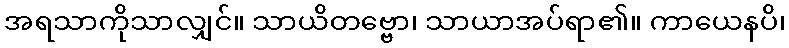
အရသာကိုသာလျှင်။ သာယိတဗ္ဗော၊ သာယာအပ်ရာ၏။ ကာယေနပိ၊